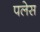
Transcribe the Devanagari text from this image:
पलेस